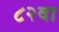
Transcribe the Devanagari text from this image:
८२वा